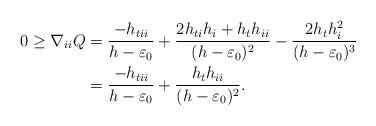
LaTeX: \begin{align*}0\geq\nabla_{ii}Q&=\frac{-h_{tii}}{h-\varepsilon_{0}}+\frac{2h_{ti}h_{i}+h_{t}h_{ii}}{(h-\varepsilon_{0})^{2}}-\frac{2h_{t}h^{2}_{i}}{(h-\varepsilon_{0})^{3}}\\&=\frac{-h_{tii}}{h-\varepsilon_{0}}+\frac{h_{t}h_{ii}}{(h-\varepsilon_{0})^{2}}.\end{align*}